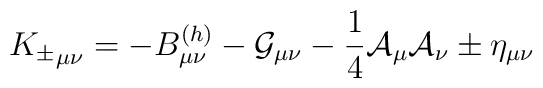
{K_{\pm}}_{\mu \nu} = -B^{(h)}_{\mu \nu} - {\cal G}_{\mu \nu}- {1 \over 4}{\cal A}_ \mu {\cal A}_ \nu \pm \eta_{\mu \nu}